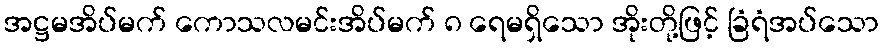
အဋ္ဌမအိပ်မက် ကောသလမင်းအိပ်မက် ၈ ရေမရှိသော အိုးတို့ဖြင့် ခြံရံအပ်သော